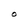
Character: O